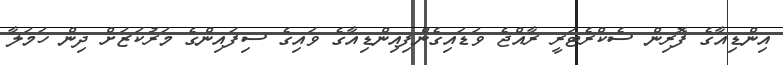
އިންޑިއާގެ ފޮރިން ސެކްރެޓަރީ ރާއްޖެ ވަޑައިގެންފިއިންޑިއާގެ ވައިގެ ސިފައިންގެ މަރުކަޒަށް ދިން ހަމަލާ